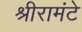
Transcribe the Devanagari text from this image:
श्रीरामंटे